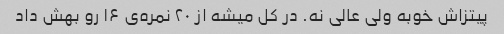
پیتزاش خوبه ولی عالی نه. در کل میشه از ۲۰ نمره‌ی ۱۶ رو بهش داد